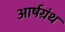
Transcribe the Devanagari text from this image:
आर्षग्रंथ